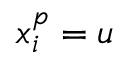
x _ { i } ^ { p } = u